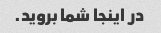
در اینجا شما بروید.